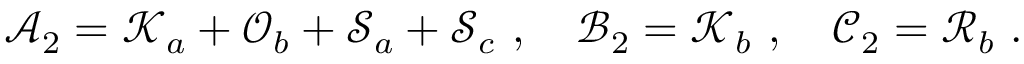
\mathcal { A } _ { 2 } = \mathcal { K } _ { a } + \mathcal { O } _ { b } + \mathcal { S } _ { a } + \mathcal { S } _ { c } \ , \quad \mathcal { B } _ { 2 } = \mathcal { K } _ { b } \ , \quad \mathcal { C } _ { 2 } = \mathcal { R } _ { b } \ .